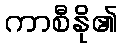
ကာစီနို၏